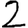
Digit: 2